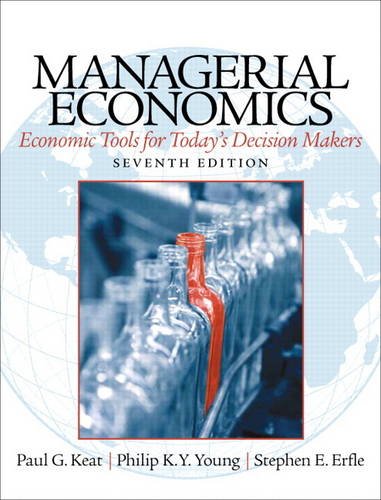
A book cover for Managerial Economics (7th Edition); Paul Keat; Business & Money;